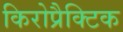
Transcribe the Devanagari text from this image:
किरोप्रैक्टिक